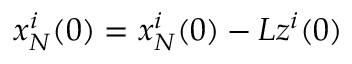
x _ { N } ^ { i } ( 0 ) = x _ { N } ^ { i } ( 0 ) - L z ^ { i } ( 0 )